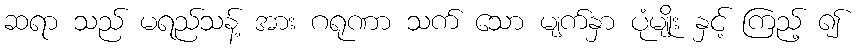
ဆရာ သည် မရည်သန့် အား ဂရုဏာ သက် သော မျက်နှာ ပုံမျိုး နှင့် ကြည့် ၍